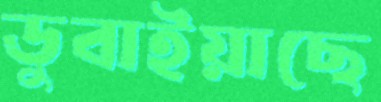
ডুবাইয়াছে